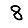
Digit: 8